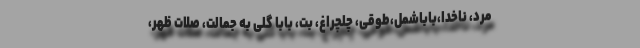
مرد، ناخدا،باباشمل،طوقی، چلچراغ، بت، بابا گلی به جمالت، صلات ظهر،